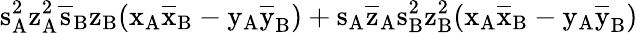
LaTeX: \mathrm{s_{A}^{2}\mathrm{z_{A}^{2}\mathrm{\overline{{s}}_{B}\mathrm{z_{B}(\mathrm{x_{A}\mathrm{\overline{{x}}_{B}-\mathrm{y_{A}\mathrm{\overline{{y}}_{B})+\mathrm{s_{A}\mathrm{\overline{{z}}_{A}\mathrm{s_{B}^{2}\mathrm{z_{B}^{2}(\mathrm{x_{A}\mathrm{\overline{{x}}_{B}-\mathrm{y_{A}\mathrm{\overline{{y}}_{B})}}}}}}}}}}}}}}}}